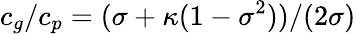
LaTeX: c_{g}/c_{p}=(\sigma+\kappa(1-\sigma^{2}))/(2\sigma)